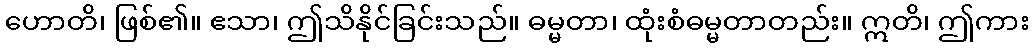
ဟောတိ၊ ဖြစ်၏။ ဧသာ၊ ဤသိနိုင်ခြင်းသည်။ ဓမ္မတာ၊ ထုံးစံဓမ္မတာတည်း။ ဣတိ၊ ဤကား